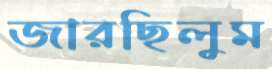
জারছিলুম